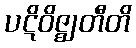
ပဋိဝိဇ္ဈတီတိ